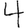
Digit: 4